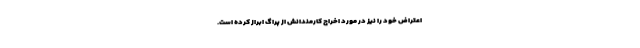
اعتراض خود را نیز در مورد اخراج کارمندانش از پراگ ابراز کرده است.